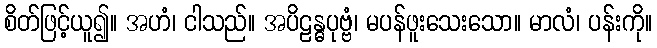
စိတ်ဖြင့်ယူ၍။ အဟံ၊ ငါသည်။ အပိဠန္ဓပုဗ္ဗံ၊ မပန်ဖူးသေးသော။ မာလံ၊ ပန်းကို။